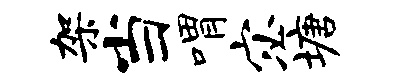
架当喟宓塘